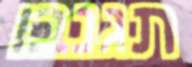
תגנבו